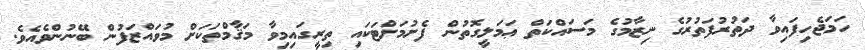
ހަމަޖެހިފައިވާ ދަތުރުފަތުރުގެ ނިޒާމުގެ މަސައްކަތް ޢަމަލީގޮތުން ފެށުމަށްޓަކައި ތިރީގައިމިވާ މަޤާމްތަކަށް މުވައްޒަފުން ބޭނުންވެއެވެ.